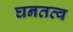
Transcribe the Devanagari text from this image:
घनतत्व